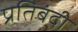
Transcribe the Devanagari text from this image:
प्रतिबंदी